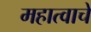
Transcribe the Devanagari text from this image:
महात्वाचे